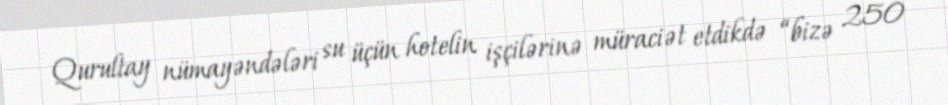
Qurultay nümayəndələri su üçün hotelin işçilərinə müraciət etdikdə “bizə 250